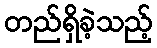
တည်ရှိခဲ့သည့်